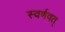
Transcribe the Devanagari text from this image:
स्वर्णवत्